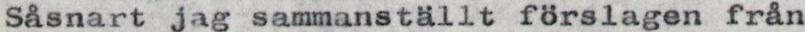
Såsnart jag sammanställt förslagen från